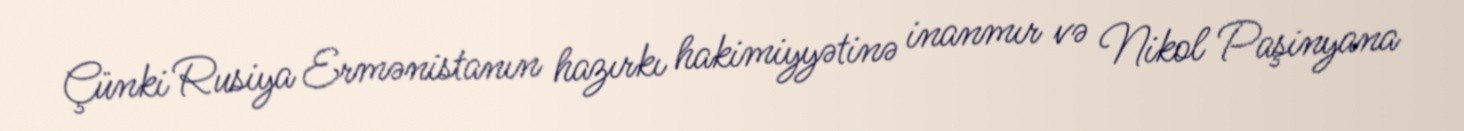
Çünki Rusiya Ermənistanın hazırkı hakimiyyətinə inanmır və Nikol Paşinyana